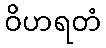
ဝိဟရတံ